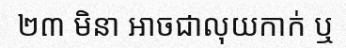
២៣ មិនា អាចជាលុយកាក់ ឬ